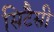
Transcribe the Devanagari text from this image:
सिटैसी